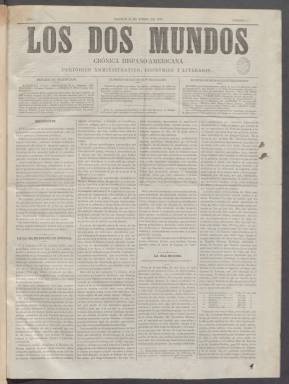
Título: Los Dos mundos (Madrid. 1879)
Colección: Periódicos
Ámbito geográfico: Madrid
Lugar de publicación: Madrid
Fechas: 16/01/1879-01/10/1880